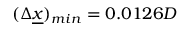
( \Delta \underline { { x } } ) _ { m i n } = 0 . 0 1 2 6 D